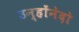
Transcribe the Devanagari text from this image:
उन्होंनेदो